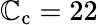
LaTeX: \mathbb{C}_{\mathrm{{c}}}=22